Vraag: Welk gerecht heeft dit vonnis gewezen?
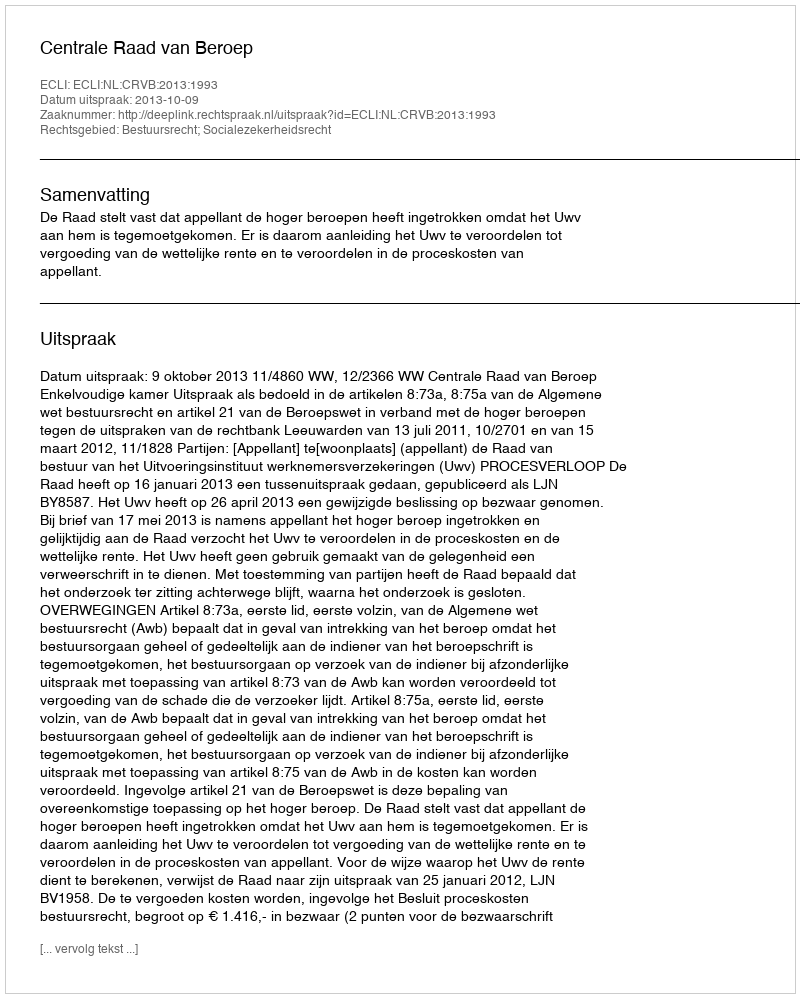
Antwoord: Centrale Raad van Beroep